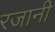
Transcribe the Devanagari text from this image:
रजानी